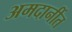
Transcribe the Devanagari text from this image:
अमदानींत